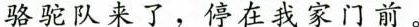
骆驼队来了，停在我家门前。